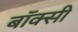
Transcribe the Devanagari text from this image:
बॉक्सी